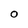
Character: O